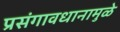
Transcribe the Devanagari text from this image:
प्रसंगावधानामुळे